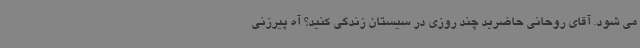
می شود. آقای روحانی حاضرید چند روزی در سیستان زندگی کنید؟ آه پیرزنی